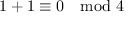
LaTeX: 1 + 1 \equiv 0 \mod 4